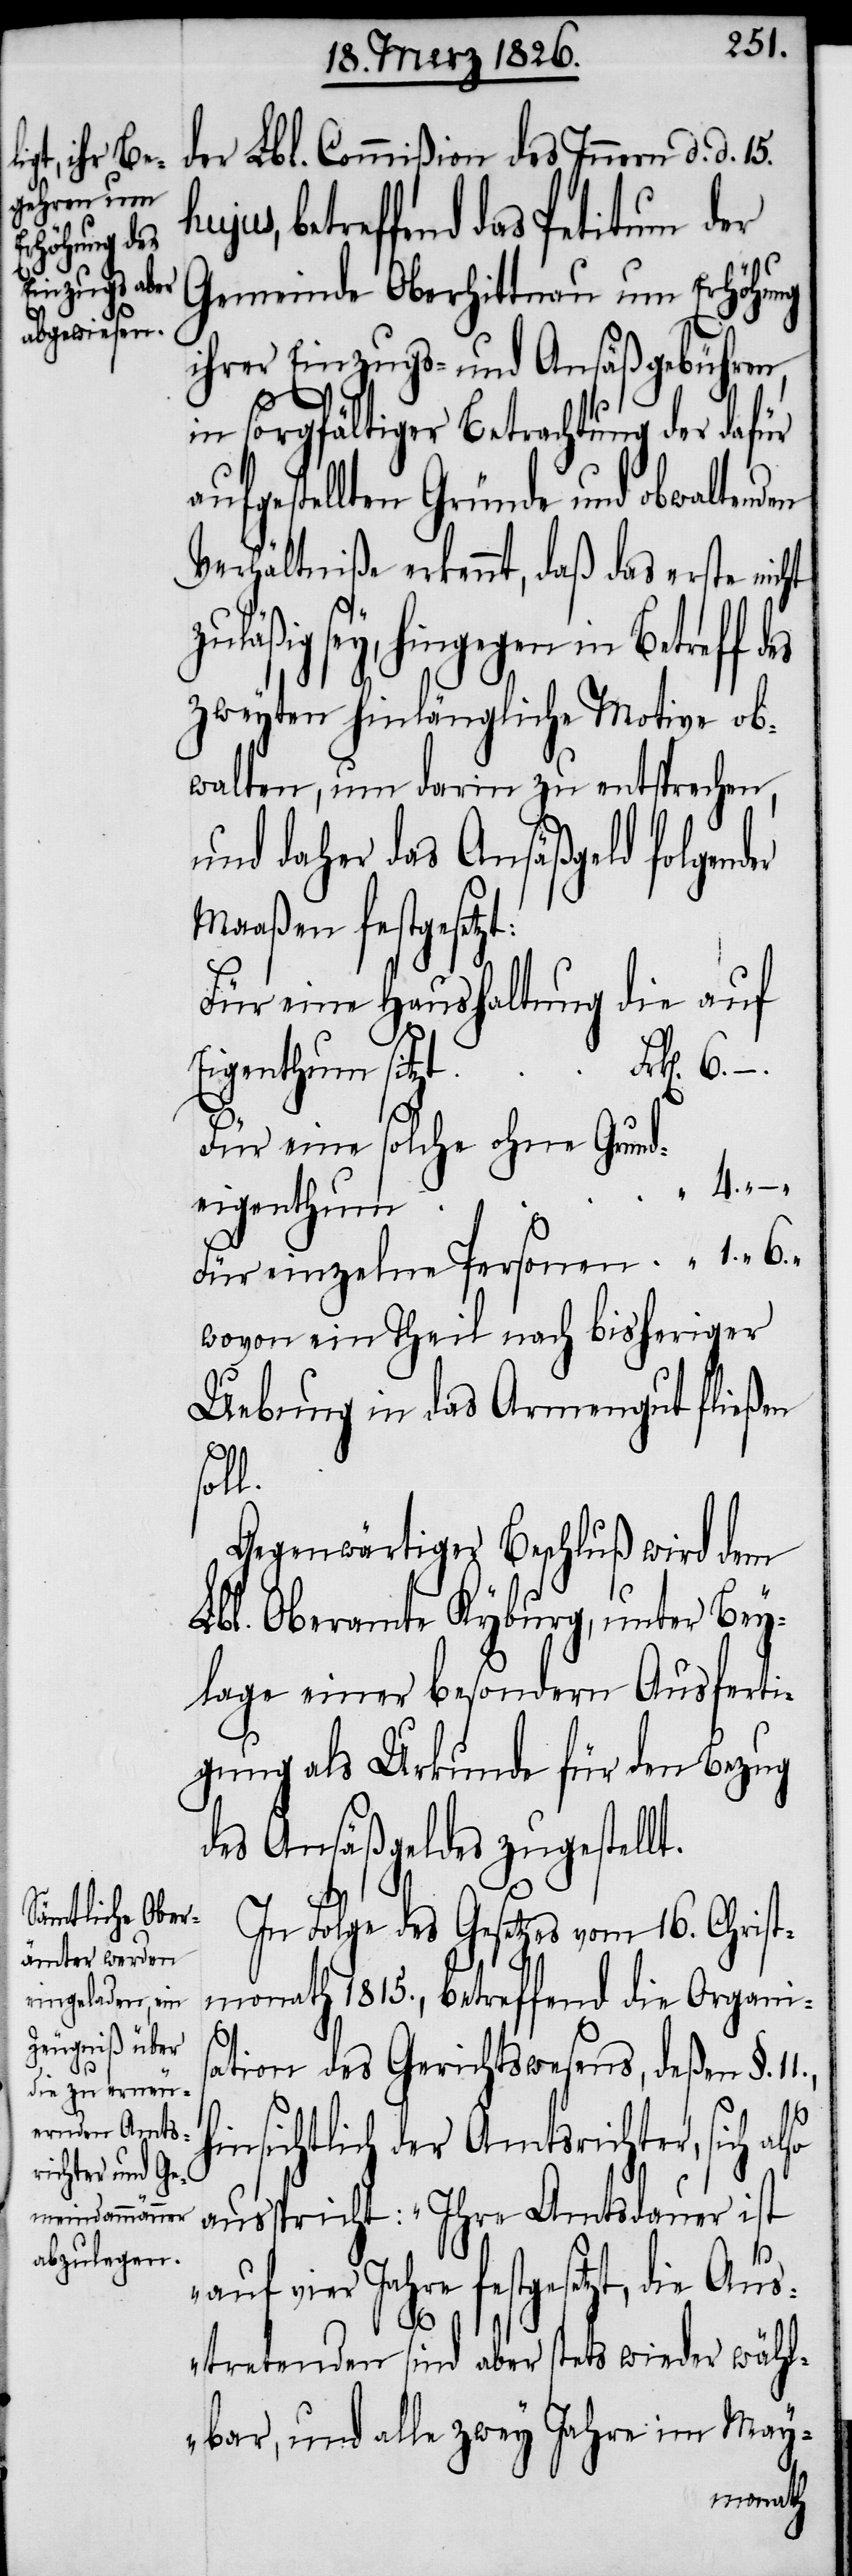
des

der Lbl. Commißion des Innern d. d. 15.
jus, betreffend das Petitum der
Gemeinde Oberhittnau um Erhöhung
ihrer Einzugs- und Ansäßgebühren,
in sorgfältiger Betrachtung der dafür
aufgestellten Gründe und obwalten¬
Verhältniße erkennt, daß das erste nicht
sey, hingegen in Betreff
zweyten hinlängliche Motive ob¬
walten, um darin zu entsprechen,
und daher das Ansäßgeld folgend¬
Maaßen festgesetzt:
Für eine Haushaltung die auf
Für eine solche ohne Grund¬
eigenthum
Für einzelne Personen	 “	1. 6.
wovon ein Theil nach bisheriger
Uebung in das Armengut fließen
Fol¬
Gegenwärtiger Beschluß wird dem
Lbl. Oberamte Kyburg, unter Bey¬
lage einer besondern Ausferti¬
gung als Urkunde für den Bezug
des Ansäßgeldes zugestellt.
ge des Gesetzes vom 16. Chris¬
tmonath 1815., betreffend die Organis¬
ation des Gerichtswesens, deßen §.
hinsichtlich der Amtsrichter, sich also
ausspricht: „Ihre Amtsdauer ist
auf vier Jahre festgesetzt, die Aus¬
11.,
–
tretenden sind aber stets wieder wähl¬
bar, und alle zwey Jahre im May-